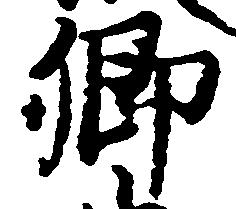
卿